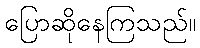
ပြောဆိုနေကြသည်။